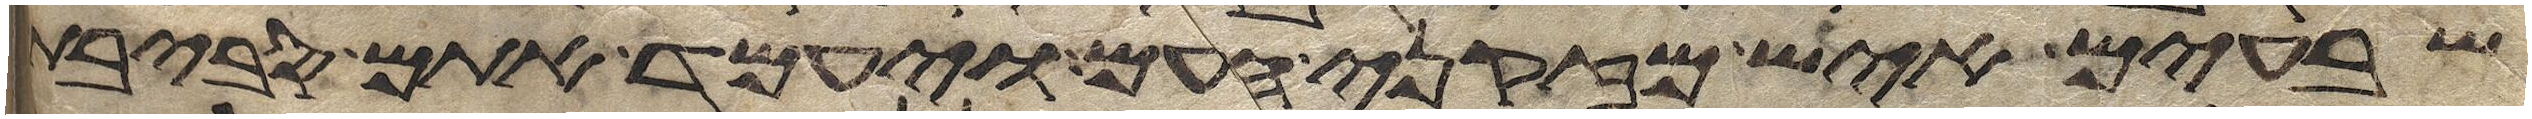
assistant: שבעים איש מזקני העם ויעמד אתם סביבת